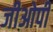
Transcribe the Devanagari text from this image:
जीओपी